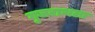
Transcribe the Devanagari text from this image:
गुजराथला